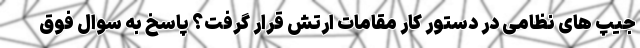
جیپ های نظامی در دستور کار مقامات ارتش قرار گرفت؟ پاسخ به سوال فوق